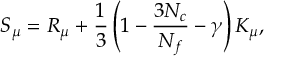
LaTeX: S _ { \mu } = R _ { \mu } + \frac { 1 } { 3 } \left( 1 - \frac { 3 N _ { c } } { N _ { f } } - \gamma \right) K _ { \mu } ,